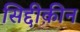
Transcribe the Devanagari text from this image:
सिद्दीक़ीन